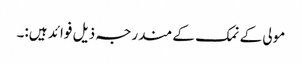
مولی کے نمک کے مندرجہ ذیل فوائد ہیں:۔